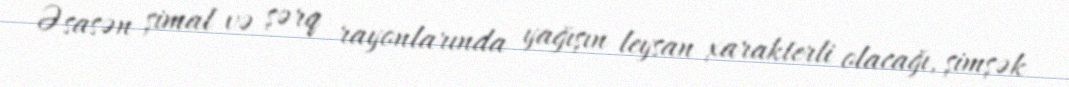
Əsasən şimal və şərq rayonlarında yağışın leysan xarakterli olacağı, şimşək